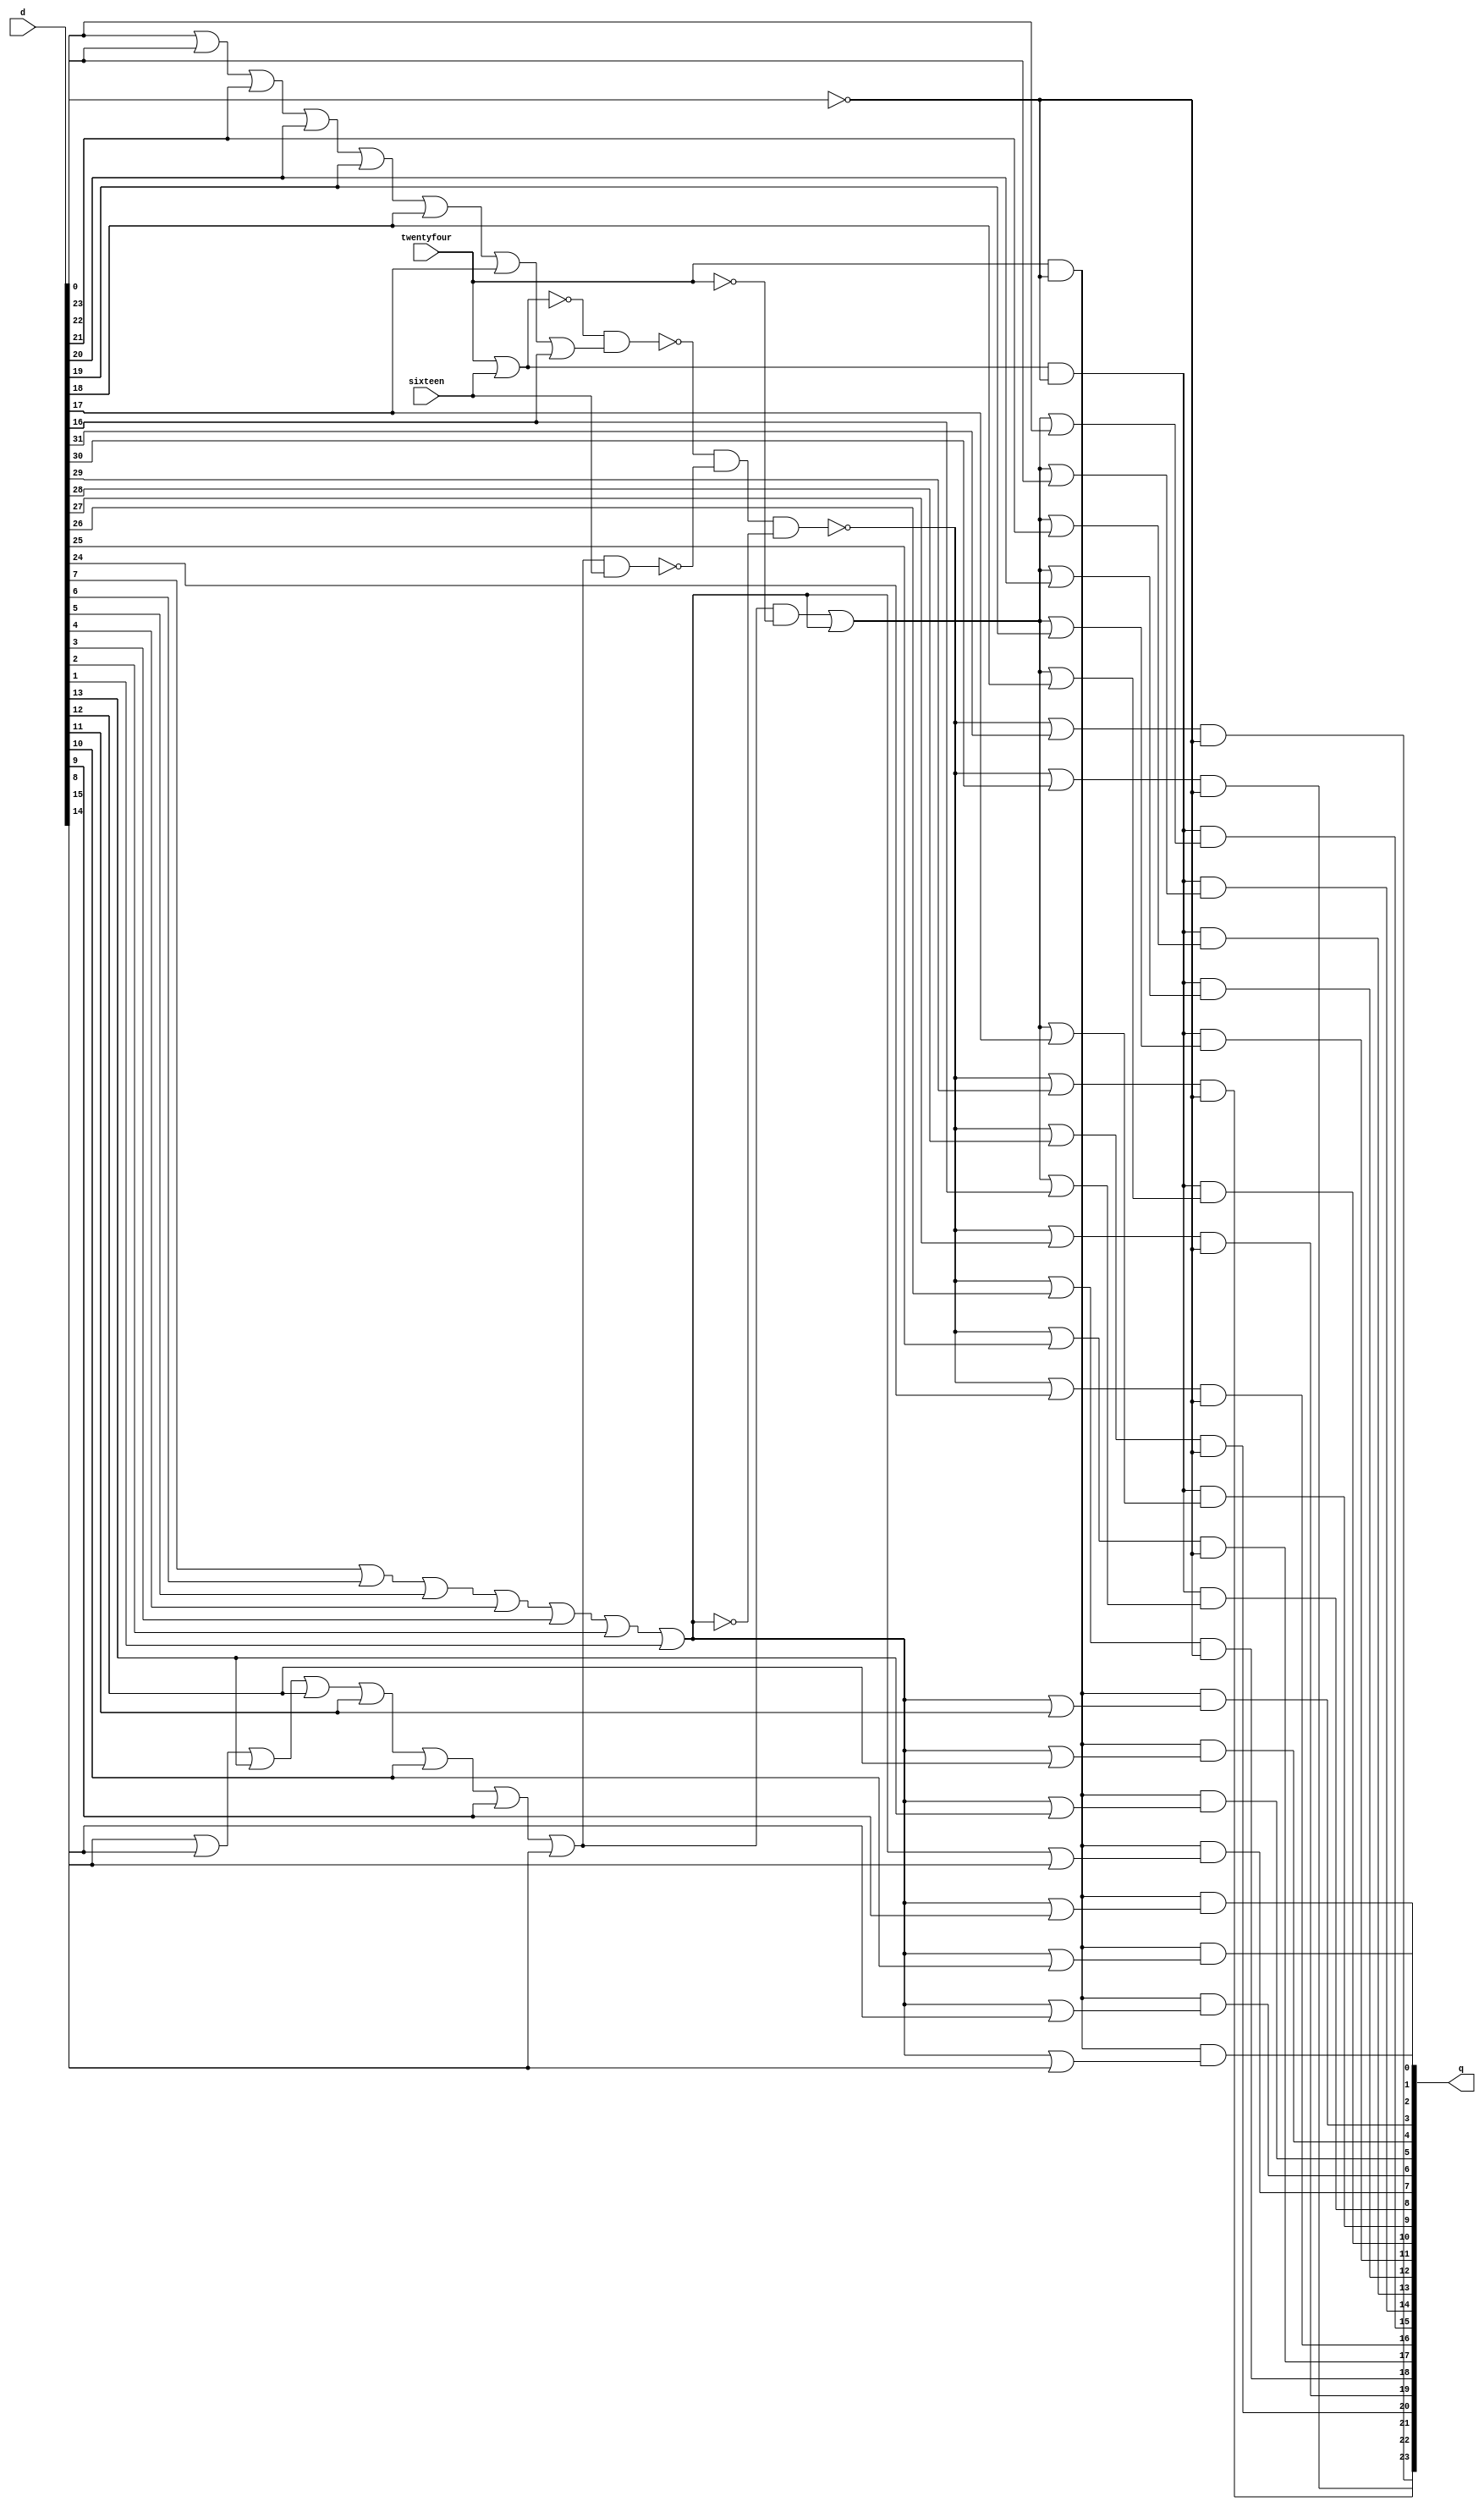
module saturate
(
	output [0:23] q,
	input [0:31] d,
	input sixteen,
	input twentyfour
);
wire sign_n;
wire twentyfour_n;
wire oflow24;
wire oflow16;
wire oflow8;
wire opt_16;
wire opt_17;
wire opt_18;
wire opt_19;
wire opt_20;
wire opt_21;
wire opt_22;
wire opt_23;
wire op_16;
wire op_17;
wire op_18;
wire op_19;
wire op_20;
wire op_21;
wire op_22;
wire op_23;
wire op8t15t0;
wire op8t15t1;
wire opt_8;
wire opt_9;
wire opt_10;
wire opt_11;
wire opt_12;
wire opt_13;
wire opt_14;
wire opt_15;
wire op_8;
wire op_9;
wire op_10;
wire op_11;
wire op_12;
wire op_13;
wire op_14;
wire op_15;
wire lobt_0;
wire lobt_1;
wire lobt_2;
wire lobt_3;
wire lobt_4;
wire opt_0;
wire opt_1;
wire opt_2;
wire opt_3;
wire opt_4;
wire opt_5;
wire opt_6;
wire opt_7;
wire op_0;
wire op_1;
wire op_2;
wire op_3;
wire op_4;
wire op_5;
wire op_6;
wire op_7;

// ARITH.NET (535) - sign\ : ivh
assign sign_n = ~d[31];

// ARITH.NET (536) - twentyfour\ : iv
assign twentyfour_n = ~twentyfour;

// ARITH.NET (538) - oflow24 : or7m
assign oflow24 = d[24] | d[25] | d[26] | d[27] | d[28] | d[29] | d[30];

// ARITH.NET (539) - oflow16 : or8
assign oflow16 = d[16] | d[17] | d[18] | d[19] | d[20] | d[21] | d[22] | d[23];

// ARITH.NET (540) - oflow8 : or8
assign oflow8 = d[8] | d[9] | d[10] | d[11] | d[12] | d[13] | d[14] | d[15];

// ARITH.NET (549) - opt[16-23] : or2
assign opt_16 = oflow24 | d[16];
assign opt_17 = oflow24 | d[17];
assign opt_18 = oflow24 | d[18];
assign opt_19 = oflow24 | d[19];
assign opt_20 = oflow24 | d[20];
assign opt_21 = oflow24 | d[21];
assign opt_22 = oflow24 | d[22];
assign opt_23 = oflow24 | d[23];

// ARITH.NET (550) - op[16-23] : an3
assign op_16 = twentyfour & sign_n & opt_16;
assign op_17 = twentyfour & sign_n & opt_17;
assign op_18 = twentyfour & sign_n & opt_18;
assign op_19 = twentyfour & sign_n & opt_19;
assign op_20 = twentyfour & sign_n & opt_20;
assign op_21 = twentyfour & sign_n & opt_21;
assign op_22 = twentyfour & sign_n & opt_22;
assign op_23 = twentyfour & sign_n & opt_23;

// ARITH.NET (562) - op8t15t0 : or2
assign op8t15t0 = twentyfour | sixteen;

// ARITH.NET (563) - op8t15t1 : aor1p
assign op8t15t1 = (oflow16 & twentyfour_n) | oflow24;

// ARITH.NET (564) - opt[8-15] : or2
assign opt_8 = op8t15t1 | d[8];
assign opt_9 = op8t15t1 | d[9];
assign opt_10 = op8t15t1 | d[10];
assign opt_11 = op8t15t1 | d[11];
assign opt_12 = op8t15t1 | d[12];
assign opt_13 = op8t15t1 | d[13];
assign opt_14 = op8t15t1 | d[14];
assign opt_15 = op8t15t1 | d[15];

// ARITH.NET (565) - op[8-15] : an3
assign op_8 = op8t15t0 & sign_n & opt_8;
assign op_9 = op8t15t0 & sign_n & opt_9;
assign op_10 = op8t15t0 & sign_n & opt_10;
assign op_11 = op8t15t0 & sign_n & opt_11;
assign op_12 = op8t15t0 & sign_n & opt_12;
assign op_13 = op8t15t0 & sign_n & opt_13;
assign op_14 = op8t15t0 & sign_n & opt_14;
assign op_15 = op8t15t0 & sign_n & opt_15;

// ARITH.NET (580) - lobt0 : nr2
assign lobt_0 = ~(sixteen | twentyfour);

// ARITH.NET (581) - lobt1 : nd2
assign lobt_1 = ~(lobt_0 & oflow8);

// ARITH.NET (582) - lobt2 : nd2
assign lobt_2 = ~(oflow16 & sixteen);

// ARITH.NET (583) - lobt3 : iv
assign lobt_3 = ~oflow24;

// ARITH.NET (584) - lobt4 : nd3p
assign lobt_4 = ~(lobt_1 & lobt_2 & lobt_3);

// ARITH.NET (585) - opt[0-7] : or2
assign opt_0 = lobt_4 | d[0];
assign opt_1 = lobt_4 | d[1];
assign opt_2 = lobt_4 | d[2];
assign opt_3 = lobt_4 | d[3];
assign opt_4 = lobt_4 | d[4];
assign opt_5 = lobt_4 | d[5];
assign opt_6 = lobt_4 | d[6];
assign opt_7 = lobt_4 | d[7];

// ARITH.NET (586) - op[0-7] : an2
assign op_0 = opt_0 & sign_n;
assign op_1 = opt_1 & sign_n;
assign op_2 = opt_2 & sign_n;
assign op_3 = opt_3 & sign_n;
assign op_4 = opt_4 & sign_n;
assign op_5 = opt_5 & sign_n;
assign op_6 = opt_6 & sign_n;
assign op_7 = opt_7 & sign_n;

// ARITH.NET (588) - q : join
assign q[0] = op_0;
assign q[1] = op_1;
assign q[2] = op_2;
assign q[3] = op_3;
assign q[4] = op_4;
assign q[5] = op_5;
assign q[6] = op_6;
assign q[7] = op_7;
assign q[8] = op_8;
assign q[9] = op_9;
assign q[10] = op_10;
assign q[11] = op_11;
assign q[12] = op_12;
assign q[13] = op_13;
assign q[14] = op_14;
assign q[15] = op_15;
assign q[16] = op_16;
assign q[17] = op_17;
assign q[18] = op_18;
assign q[19] = op_19;
assign q[20] = op_20;
assign q[21] = op_21;
assign q[22] = op_22;
assign q[23] = op_23;
endmodule